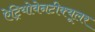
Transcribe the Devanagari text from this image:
ऐट्रियोवेनटीक्यूलर